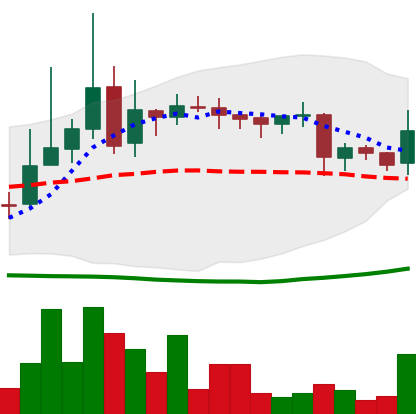
Ticker: LINK-USD
Chart end date: 2019-03-25
Forward return: 3.754%
Label: up_3_5